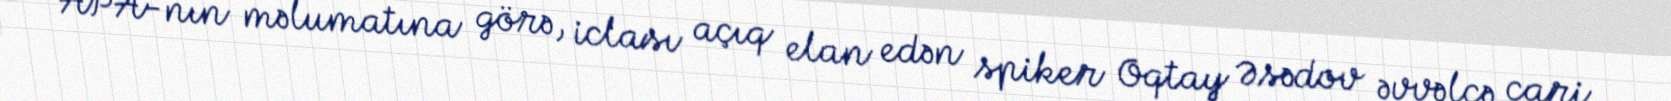
APA-nın məlumatına görə, iclası açıq elan edən spiker Oqtay Əsədov əvvəlcə cari